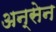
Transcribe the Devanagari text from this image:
अन्सेन